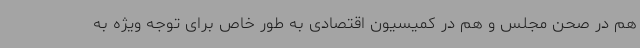
هم در صحن مجلس و هم در کمیسیون اقتصادی به طور خاص برای توجه ویژه به